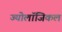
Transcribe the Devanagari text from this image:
ज्योलॉजिकल